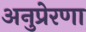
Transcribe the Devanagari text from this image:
अनुप्रेरणा